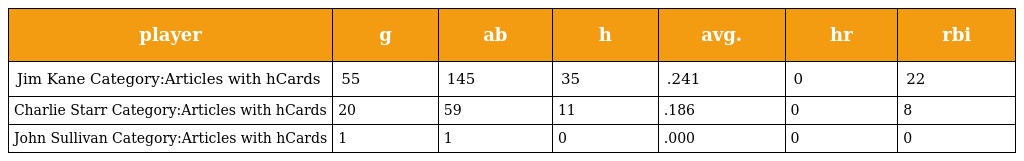
| player | g | ab | h | avg. | hr | rbi |
 | --- | --- | --- | --- | --- | --- | --- |
 | Jim Kane Category:Articles with hCards | 55 | 145 | 35 | .241 | 0 | 22 |
 | Charlie Starr Category:Articles with hCards | 20 | 59 | 11 | .186 | 0 | 8 |
 | John Sullivan Category:Articles with hCards | 1 | 1 | 0 | .000 | 0 | 0 |